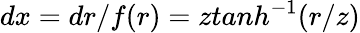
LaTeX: dx=dr/f(r)=ztanh^{-1}(r/z)